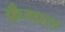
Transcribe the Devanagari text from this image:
कँगाल